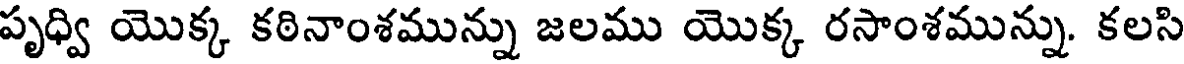
పృధ్వి యొక్క కఠినాంశమున్ను జలము యొక్క రసాంశమున్ను. కలసి